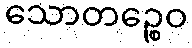
သောတဉ္စေဝ